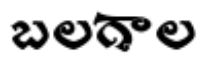
బలగాల